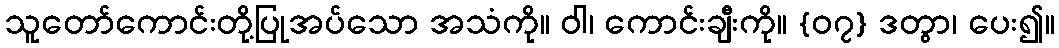
သူတော်ကောင်းတို့ပြုအပ်သော အသံကို။ ဝါ၊ ကောင်းချီးကို။ {၀၇} ဒတွာ၊ ပေး၍။